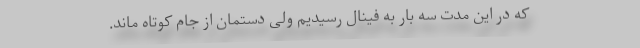
که در این مدت سه بار به فینال رسیدیم ولی دستمان از جام کوتاه ماند.